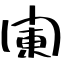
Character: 闌